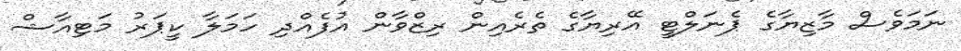
ނަމަވެސް މާޒިޔާގެ ޕެނަލްޓީ އޭރިޔާގެ ތެރެއިން ރިޒްވާން އުފެއްދި ހަމަލާ ކީޕަރު މަޓިއާޝް